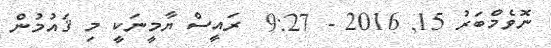
ނޮވެމްބަރު 15